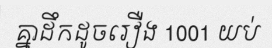
គ្នាដឹកដូចរឿង 1001 យប់